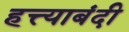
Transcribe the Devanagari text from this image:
हत्त्याबंदी